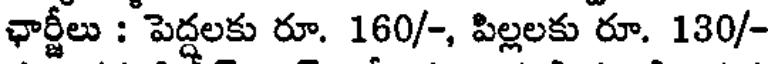
ఛార్జీలు : పెద్దలకు రూ. 160/-, పిల్లలకు రూ. 130/-